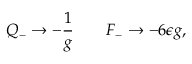
Q _ { - } \rightarrow - { \frac { 1 } { g } } \qquad F _ { - } \rightarrow - 6 \epsilon g ,